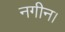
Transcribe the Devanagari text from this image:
नगीन।